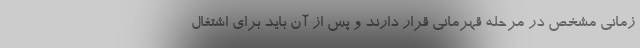
زمانی مشخص در مرحله قهرمانی قرار دارند و پس از آن باید برای اشتغال